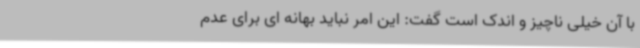
با آن خیلی ناچیز و اندک است گفت: این امر نباید بهانه ای برای عدم